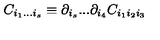
C _ { i _ { 1 } . . . i _ { s } } \equiv \partial _ { i _ { s } } . . . \partial _ { i _ { 4 } } C _ { i _ { 1 } i _ { 2 } i _ { 3 } }